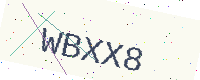
Text: WBXX8